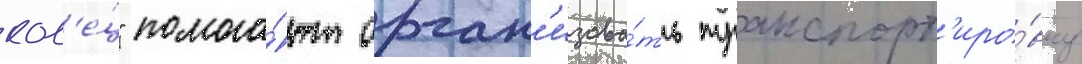
кол'е́ц" помога́ют орган'изова́ть транспорт'иро́вку